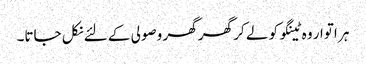
ہر اتوار وہ ٹینگو کو لے کر گھر گھر وصولی کے لئے نکل جاتا۔